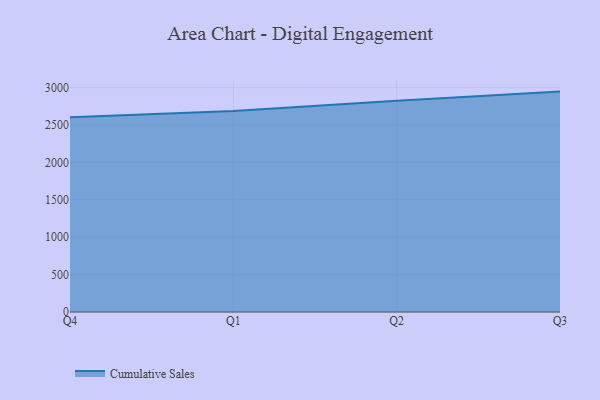
{"axis": {"x": "Quarter", "y": "Gross Profit (USD K)"}, "legend": ["Cumulative Sales"], "data": [{"x": "Q4", "y": 2602.3, "type": "Cumulative Sales"}, {"x": "Q1", "y": 2686.8, "type": "Cumulative Sales"}, {"x": "Q2", "y": 2825.1, "type": "Cumulative Sales"}, {"x": "Q3", "y": 2946.5, "type": "Cumulative Sales"}]}